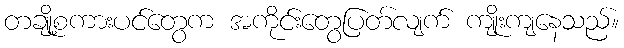
တချို့စကားပင်တွေက အကိုင်းတွေပြတ်လျက် ကျိုးကျနေသည်။